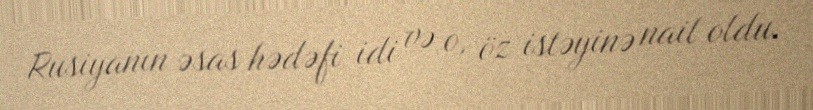
Rusiyanın əsas hədəfi idi və o, öz istəyinə nail oldu.